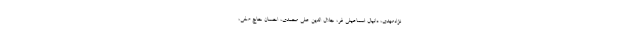
نژادمهدی، دانیال اسماعیلی فر، جلال الدین علی محمدی، احسان حاج صفی،